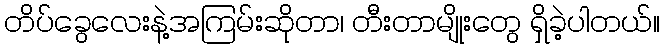
တိပ်ခွေလေးနဲ့အကြမ်းဆိုတာ၊ တီးတာမျိုးတွေ ရှိခဲ့ပါတယ်။